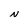
Character: N